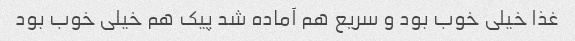
غذا خیلی خوب بود و سریع هم آماده شد پیک هم خیلی خوب بود